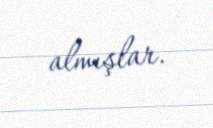
almışlar.